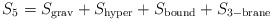
\begin{align*} S_5=S_{\rm grav}+S_{\rm hyper}+S_{\rm bound}+S_{\rm 3-brane}\end{align*}